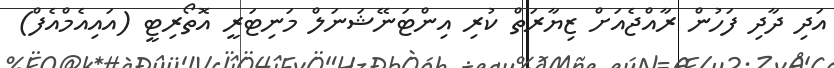
އަދި ދާދި ފަހުން ރާއްޖެއަށް ޒިޔާރަތް ކުރި އިންޓަނޭޝަނަލް މަނިޓަރީ އޮތޯރިޓީ (އައިއެމްއެފް)